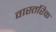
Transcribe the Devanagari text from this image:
वास्तरिक